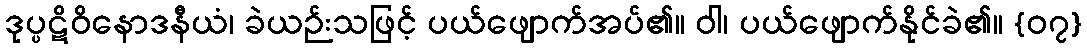
ဒုပ္ပဋိဝိနောဒနီယံ၊ ခဲယဉ်းသဖြင့် ပယ်ဖျောက်အပ်၏။ ဝါ၊ ပယ်ဖျောက်နိုင်ခဲ၏။ {၀၇}